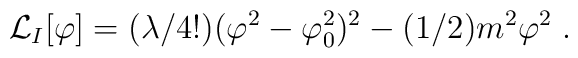
{\cal L}_I[\varphi]=(\lambda/4!)(\varphi^2-\varphi_0^2)^2 - (1/2)m^2\varphi^2\;.